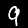
Label: 9